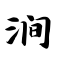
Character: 涧